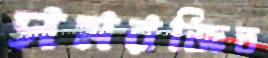
সমরজিত